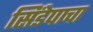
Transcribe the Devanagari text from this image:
सिंडेपाचा